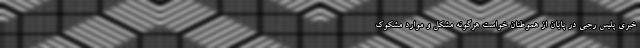
خبری پلیس رجبی در پایان از هموطنان خواست هرگونه مشکل و موارد مشکوک